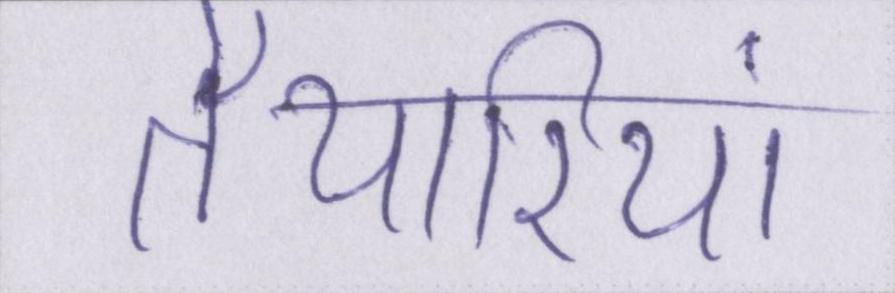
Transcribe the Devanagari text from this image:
तैयारियां